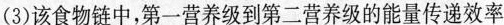
(3)该食物链中，第一营养级到第二营养级的能量传递效率